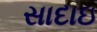
સાદાઇ